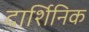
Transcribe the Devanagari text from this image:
दार्शिनिक